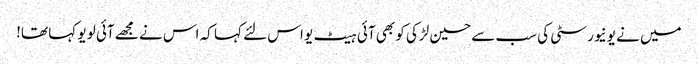
میں نے یونیورسٹی کی سب سے حسین لڑکی کو بھی آئی ہیٹ یو اس لئے کہا کہ اس نے مجھے آئی لو یو کہا تھا!